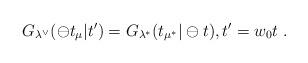
LaTeX: \begin{align*}G_{\lambda ^{\vee }}(\ominus t_{\mu }|t^{\prime })=G_{\lambda ^{\ast}}(t_{\mu ^{\ast }}|\ominus t),t^{\prime }=w_{0}t\;.\end{align*}